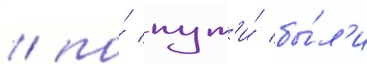
/ по́ пут'и́ бы́л'и